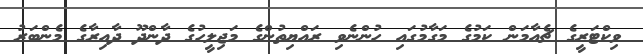
ވިކްޓަރީގެ ޗެއާމަން ކަމުގެ މަގާމުގައި ހުންނެވި ރައްޔިތުންގެ މަޖިލީހުގެ ދާންދޫ ދާއިރާގެ މެންބަރު